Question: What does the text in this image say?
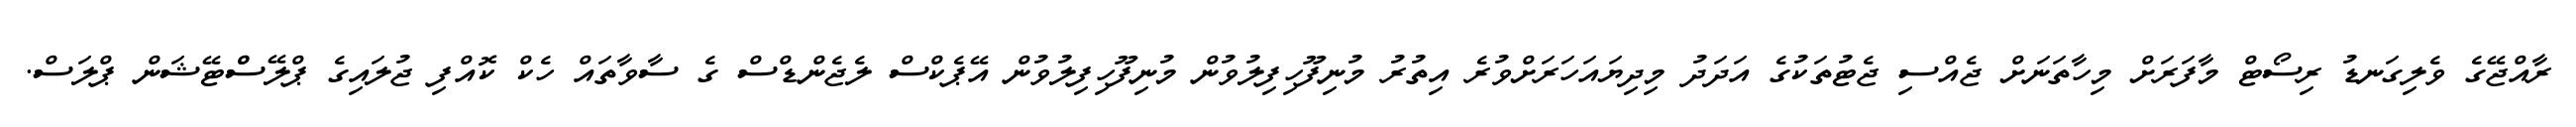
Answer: ރާއްޖޭގެ ވެލިގަނޑު ރިސޯޓް މާފަރަށް މިހާތަނަށް ޖެއްސި ޖެޓުތަކުގެ އަދަދު މިދިޔައަހަރަށްވުރެ އިތުރު މުނިފޫހިފިލުވުން މުނިފޫހިފިލުވުން އޭޕެކްސް ލެޖެންޑްސް ގެ ސާވާތައް ހެކް ކޮއްފި ޖުލައިގެ ޕްލޭސްްޓޭޝަން ޕްލަސް.